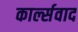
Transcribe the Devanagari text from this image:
कार्ल्सवाद